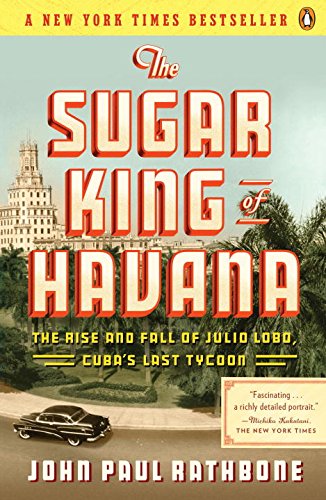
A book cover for The Sugar King of Havana: The Rise and Fall of Julio Lobo, Cuba's Last Tycoon; John Paul Rathbone; History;